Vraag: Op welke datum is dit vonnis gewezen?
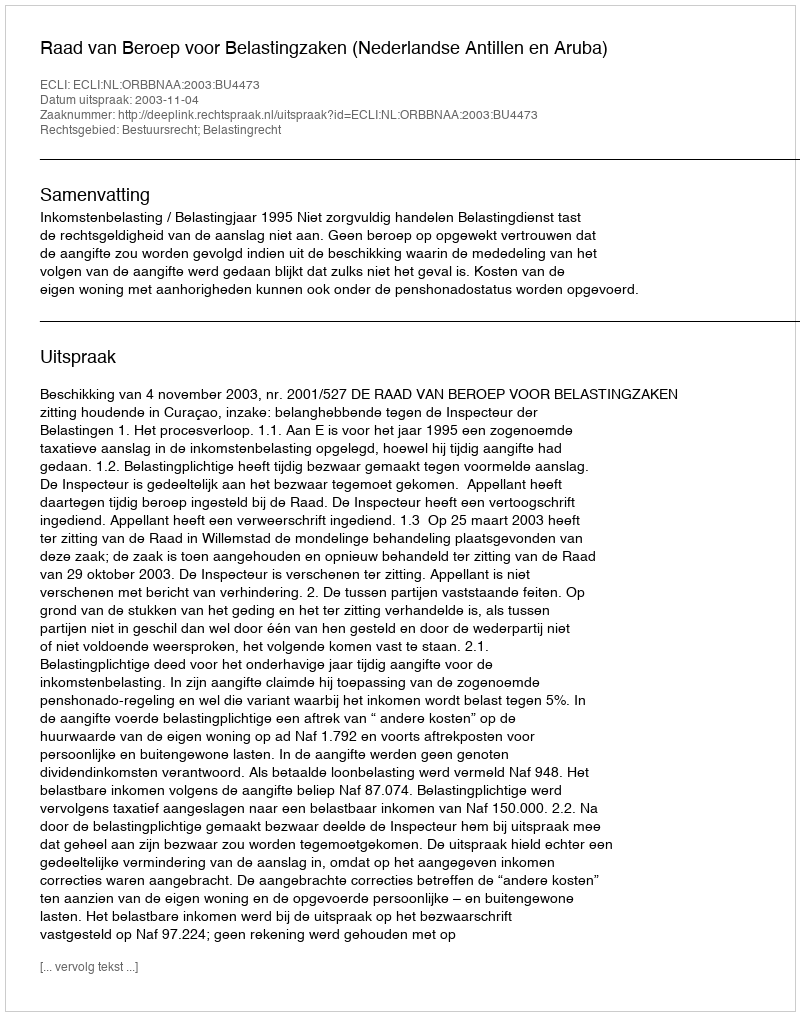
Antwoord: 2003-11-04